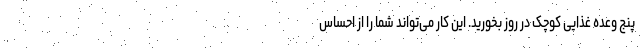
پنج وعده غذایی کوچک در روز بخورید. این کار می‌تواند شما را از احساس